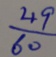
\frac { 4 9 } { 6 0 }